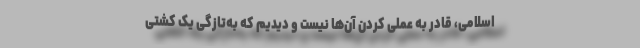
اسلامی، قادر به عملی کردن آن‌ها نیست و دیدیم که به‌تازگی یک کشتی